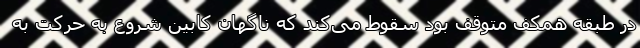
در طبقه همکف متوقف بود سقوط می‌کند که ناگهان کابین شروع به حرکت به